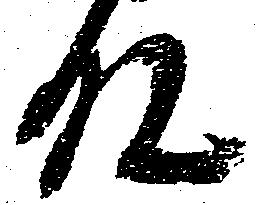
殿